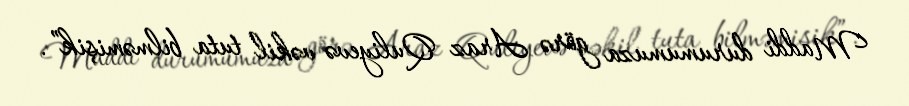
Maddi durumumuza görə Araz Quliyevə vəkil tuta bilməmişik”.